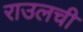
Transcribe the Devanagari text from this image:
राउलची